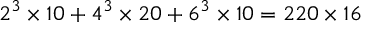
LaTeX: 2 ^ { 3 } \times 1 0 + 4 ^ { 3 } \times 2 0 + 6 ^ { 3 } \times 1 0 = 2 2 0 \times 1 6